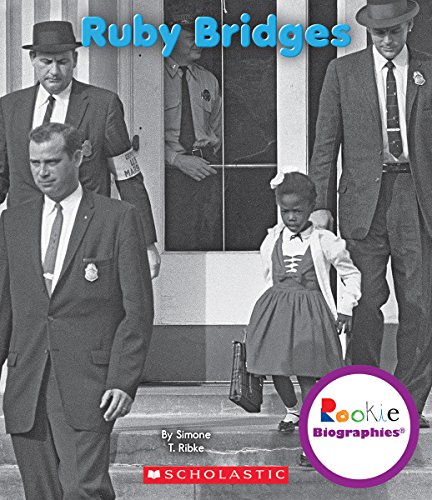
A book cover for Ruby Bridges (Rookie Biographies); Simone T. Ribke; Children's Books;